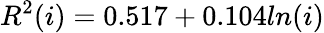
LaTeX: R^{2}(i)=0.517+0.104ln(i)